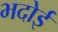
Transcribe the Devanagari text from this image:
भदोई